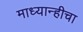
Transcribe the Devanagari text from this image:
माध्यान्हीचा